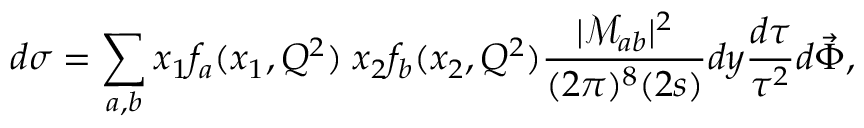
d \sigma = \sum _ { a , b } x _ { 1 } f _ { a } ( x _ { 1 } , Q ^ { 2 } ) \; x _ { 2 } f _ { b } ( x _ { 2 } , Q ^ { 2 } ) \frac { | { \mathcal { M } _ { a b } } | ^ { 2 } } { ( 2 \pi ) ^ { 8 } ( 2 s ) } d y \frac { d \tau } { \tau ^ { 2 } } d \vec { \Phi } ,